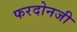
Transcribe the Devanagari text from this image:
फरदोनजी